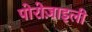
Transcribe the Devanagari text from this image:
पोरोज़ाइली